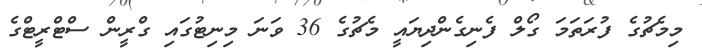
މިމެޗުގެ ފުރަތަމަ ގޯލް ފެނިގެންދިޔައީ މެޗުގެ 36 ވަނަ މިނިޓުގައި ގްރީން ސްޓްރީޓްގެ